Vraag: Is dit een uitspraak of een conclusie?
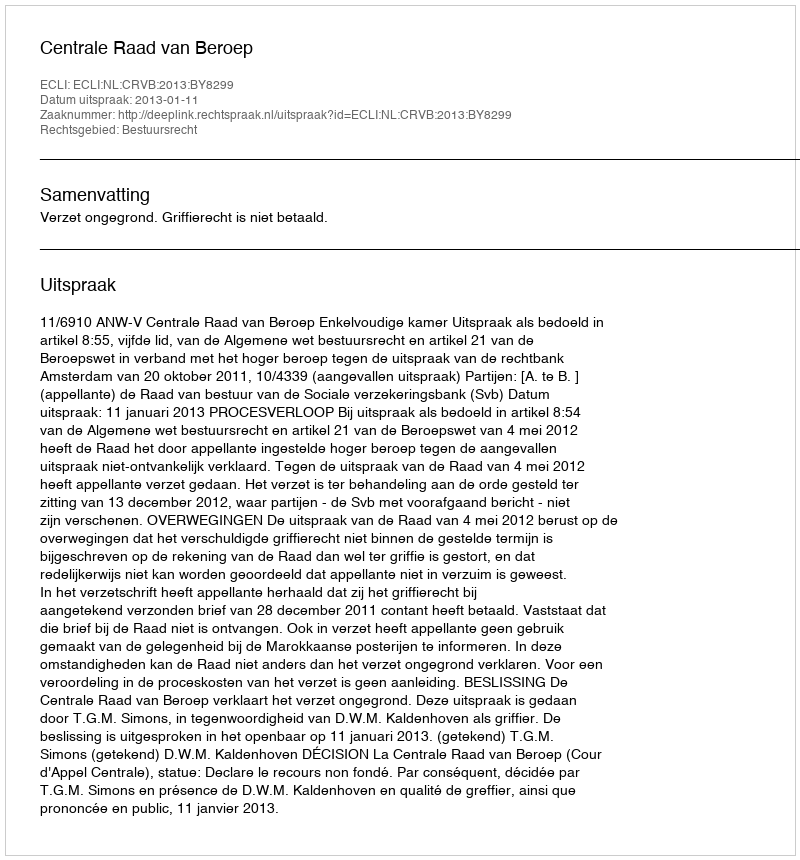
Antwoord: Uitspraak